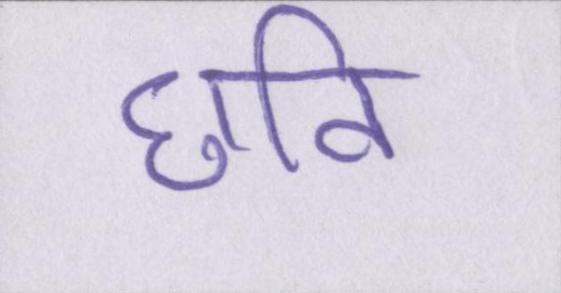
छवि